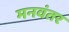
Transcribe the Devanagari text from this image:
मनवंतर